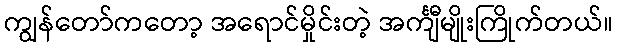
ကျွန်တော်ကတော့ အရောင်မှိုင်းတဲ့ အင်္ကျီမျိုးကြိုက်တယ်။